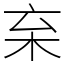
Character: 𣏋